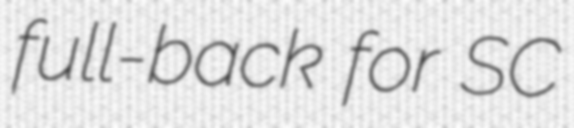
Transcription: full-back for SC